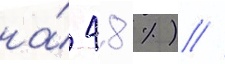
на́ 48 %) //